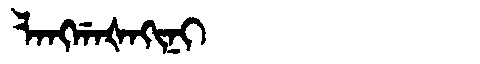
Manchu: ᠯᠠᠩᡤᠠᡧᠠᡴᡳᠨᡳ
Romanization: LANGGAŠAKINI